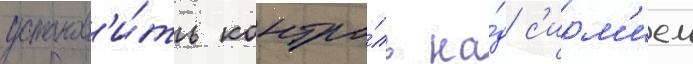
установ'и́ть контро́ль на́д с'ирм'ием